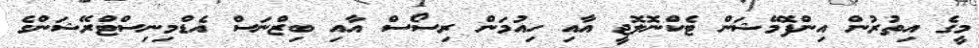
މީގެ އިތުރުން އިންފޮމޭޝަން ޓެކްނޮލޮޖީ އާއި ހިއުމަން ރިސޯސް އާއި ބިޒްނަސް އެޑްމިނިސްޓްރޭޝަންގެ